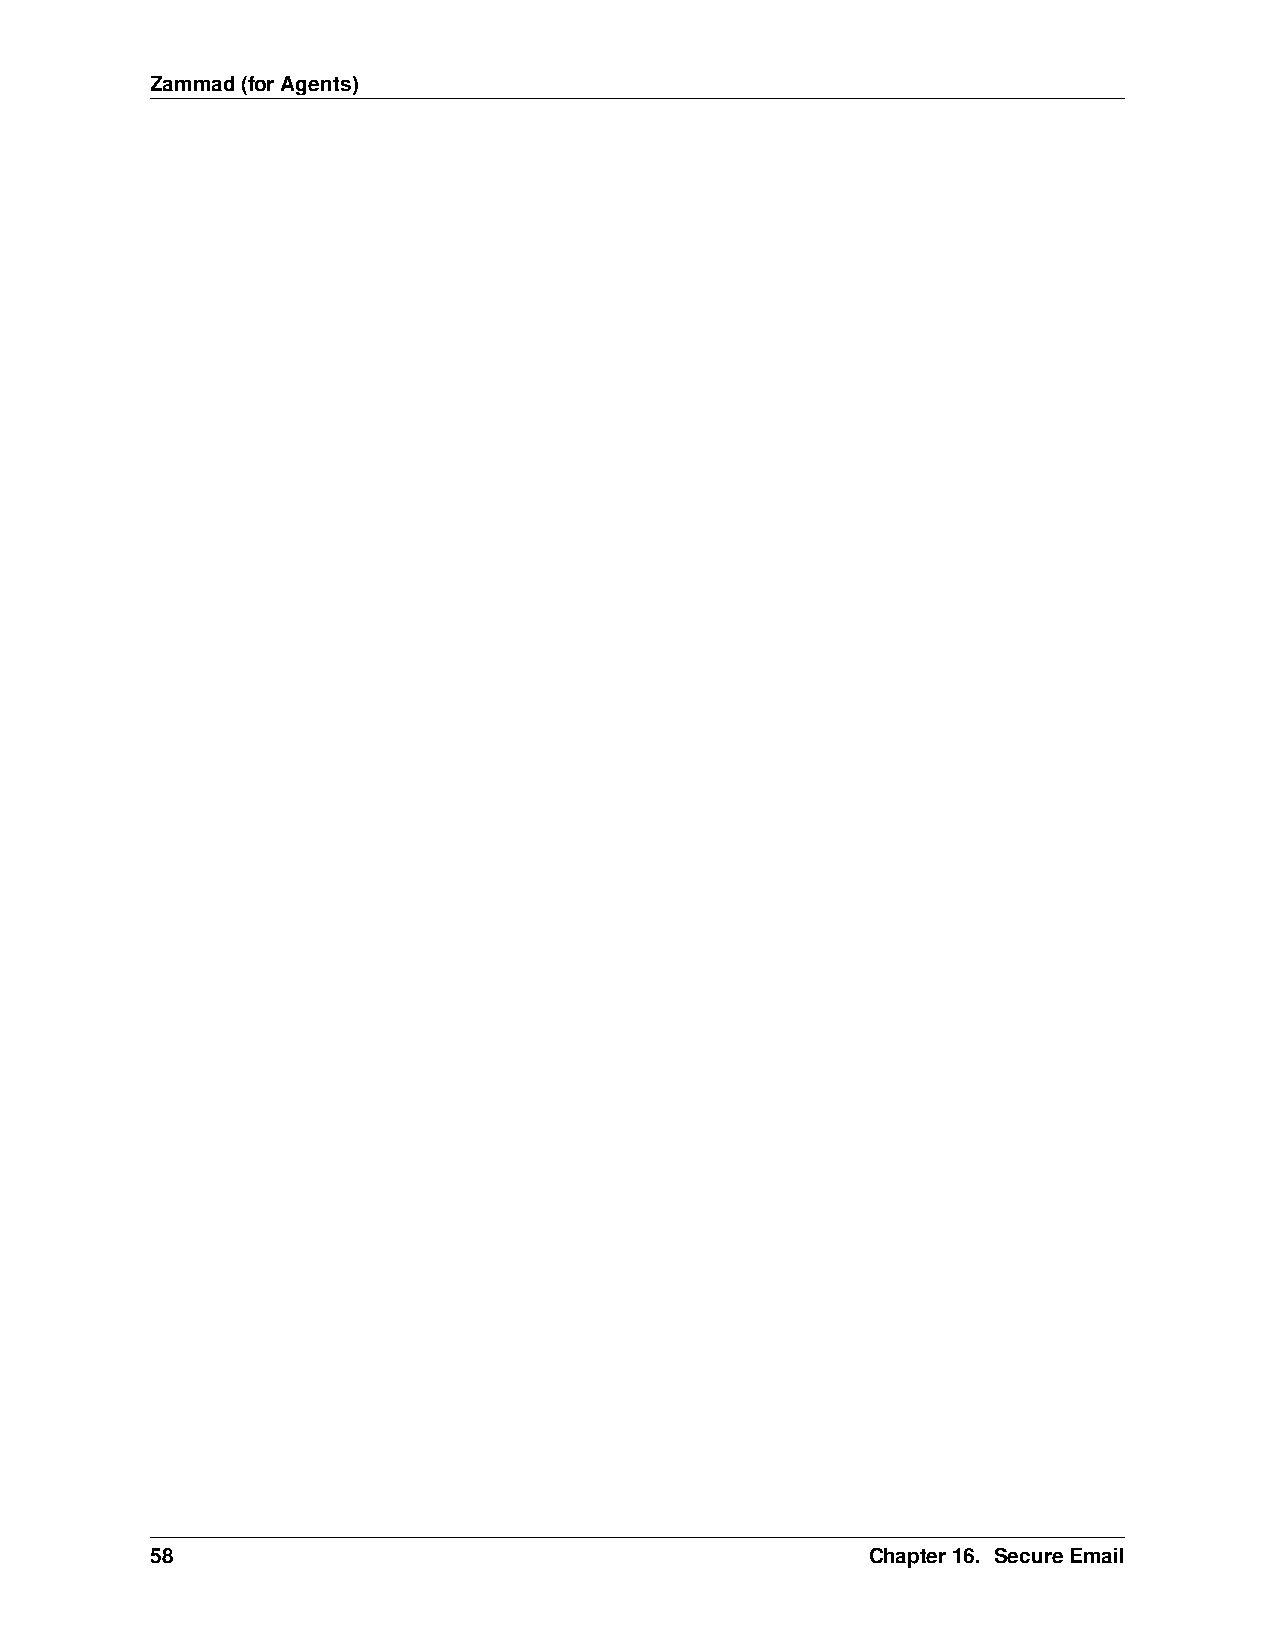
Zammad(forAgents)
 58                                              Chapter16. SecureEmail